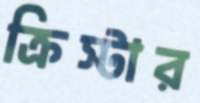
ক্রিস্টার